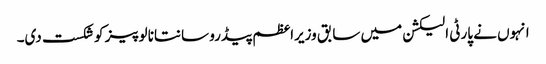
انہوں نے پارٹی الیکشن میں سابق وزیراعظم پیڈرو سانتانا لوپیز کو شکست دی۔